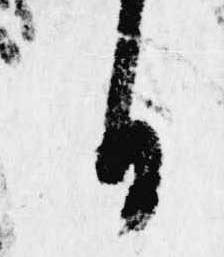
日